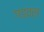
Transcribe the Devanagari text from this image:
गडवल